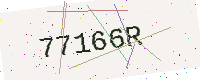
Text: 77166R